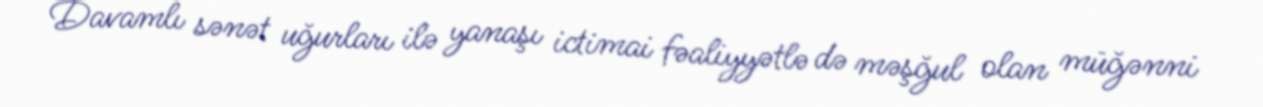
Davamlı sənət uğurları ilə yanaşı ictimai fəaliyyətlə də məşğul olan müğənni